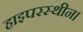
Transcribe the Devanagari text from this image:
हाइपरस्थीन।